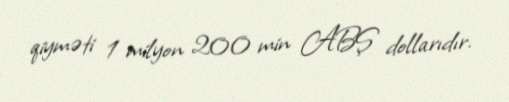
qiyməti 1 milyon 200 min ABŞ dollarıdır.